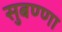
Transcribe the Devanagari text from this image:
सुबण्णा